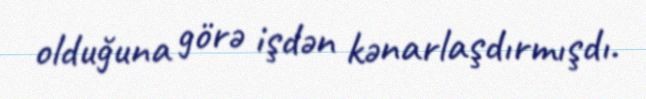
olduğuna görə işdən kənarlaşdırmışdı.